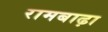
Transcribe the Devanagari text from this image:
रामबाढ़ा